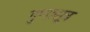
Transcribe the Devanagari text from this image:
गुणासूत्र